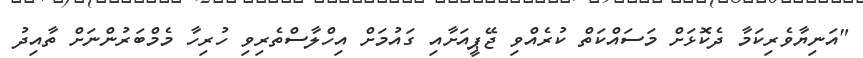
"އަނިޔާވެރިކަމާ ދެކޮޅަށް މަސައްކަތް ކުރެއްވި ޖޭޕީއަށާއި ގައުމަށް އިހްލާސްތެރިވި ހުރިހާ މެމްބަރުންނަށް ތާއިދު